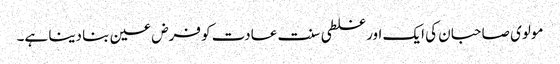
مولوی صاحبان کی ایک اور غلطی سنت عادت کو فرض عین بنا دینا ہے۔